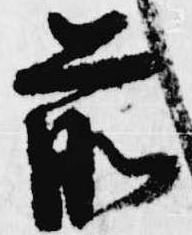
前